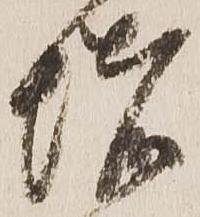
堵